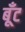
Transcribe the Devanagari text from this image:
बूँट